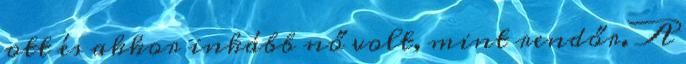
ott és akkor inkább nő volt, mint rendőr. A